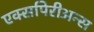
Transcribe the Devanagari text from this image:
एक्सपिरीअन्स